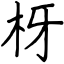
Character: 枒